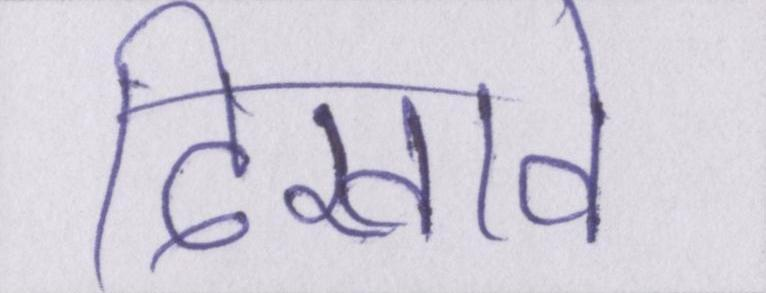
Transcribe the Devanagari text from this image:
दिखावे